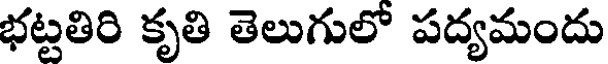
భట్టతిరి కృతి తెలుగులో పద్యమందు